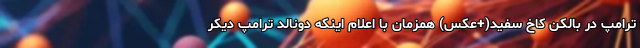
ترامپ در بالکن کاخ سفید(+عکس) همزمان با اعلام اینکه دونالد ترامپ دیکر